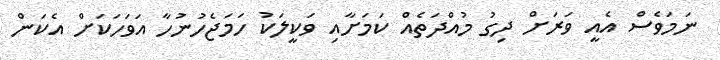
ނަމަވެސް އެއީ ވަރަށް ދިގު މުއްދަތެއް ކަމަށާއި ވަކީލަކު ހަމަޖެހުނުހާ އަވަހަކަށް އެކަން